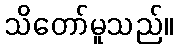
သိတော်မူသည်။